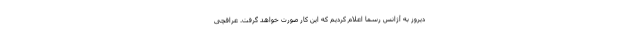
دیروز به آژانس رسما اعلام کردیم که این کار صورت خواهد گرفت. عراقچی